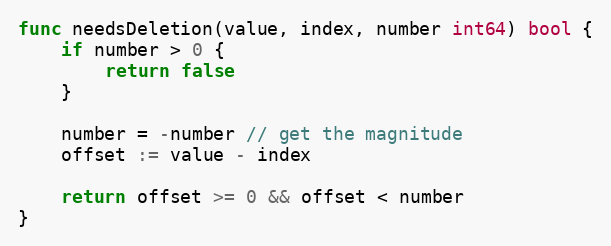
Language: Go
func needsDeletion(value, index, number int64) bool {
	if number > 0 {
		return false
	}

	number = -number // get the magnitude
	offset := value - index

	return offset >= 0 && offset < number
}